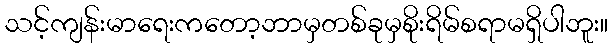
သင့်ကျန်းမာရေးကတော့ဘာမှတစ်ခုမှစိုးရိမ်စရာမရှိပါဘူး။